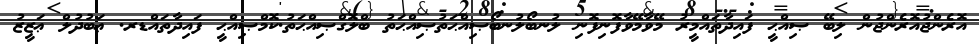
އޮރެންޖުއޮރެންޖުން ލިބޭ ޞިއްޙީ ފައިދާތައްމީރު މޭވާމޭވާފޮނިފޮނި ލުނބޯލުނބޯޞިއްޙަތުޞިއްޙަތު ބްލޮގްޞިއްޙަތު.ކޮމްޞިއްޙީ ފައިދާތައްޑރ. ޢަބުދުލް ޢަޒީޒު